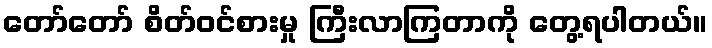
တော်တော် စိတ်ဝင်စားမှု ကြီးလာကြတာကို တွေ့ရပါတယ်။